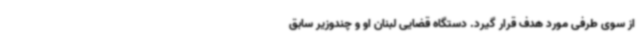
از سوی طرفی مورد هدف قرار گیرد. دستگاه قضایی لبنان او و چندوزیر سابق